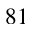
_ { 8 1 }